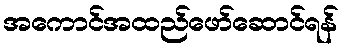
အကောင်အထည်ဖော်ဆောင်ရန်